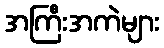
အကြီးအကဲများ